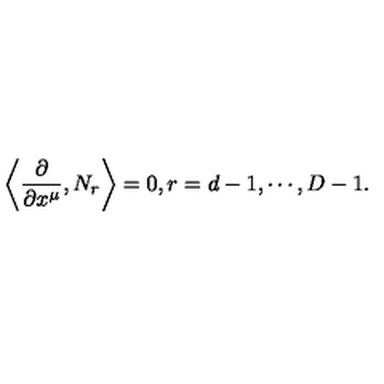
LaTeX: \left\langle \frac { \partial } { \partial x ^ { \mu } } , N _ { r } \right\rangle = 0 , r = d - 1 , \cdots , D - 1 .